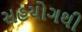
સહયોગથી